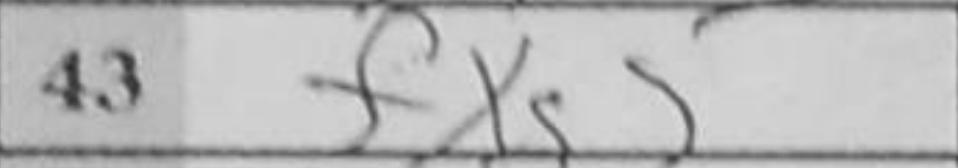
Transcription: fxg5